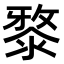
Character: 𣻊